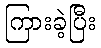
ကြားခဲ့ပြီး